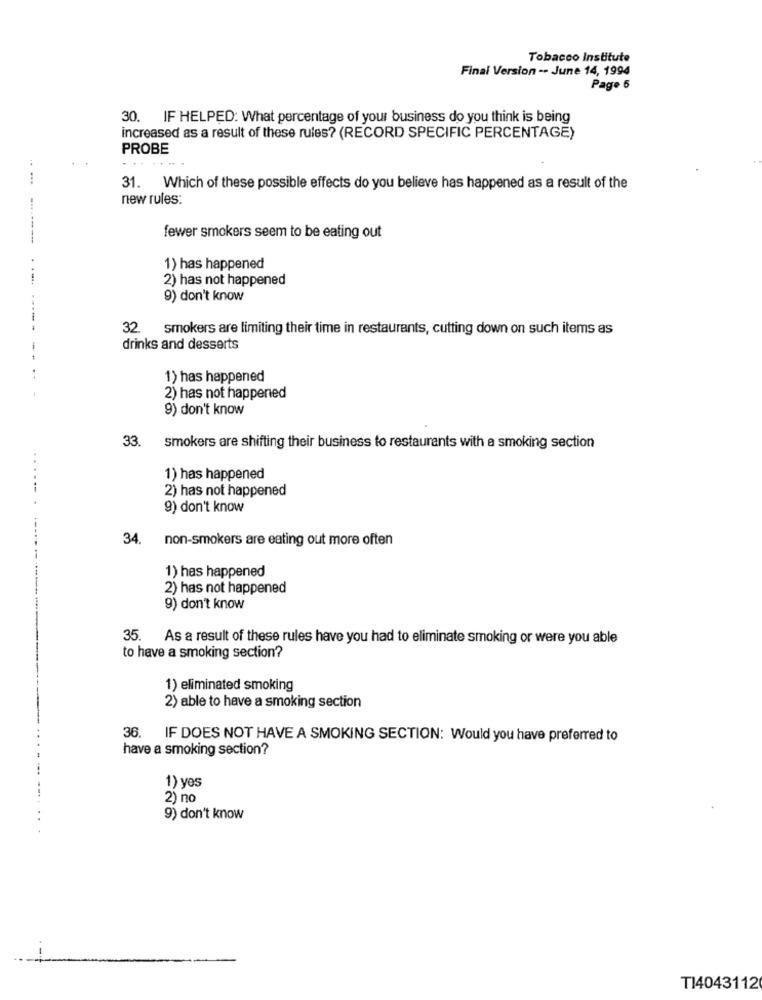
Tobacco Institute
Final Version -- June 14, 1994
Page 6
30. IF HELPED: What percentage of your business do you think is being
increased as a result of these rules? (RECORD SPECIFIC PERCENTAGE)
PROBE
31. Which of these possible effects do you believe has happened as a result of the
new rules:
----
fewer smokers seem to be eating out
1) has happened
2) has not happened
9) don't know
...
32. smokers are limiting their time in restaurants, cutting down on such items as
drinks and desserts
1) has happened
2) has not happened
9) don't know
33. smokers are shifting their business to restaurants with a smoking section
1) has happened
2) has not happened
9) don't know
34
non-smokers are eating out more often
1) has happened
2) has not happened
9) don't know
35. As a result of these rules have you had to eliminate smoking or were you able
to have a smoking section?
1) eliminated smoking
2) able to have a smoking section
36. IF DOES NOT HAVE A SMOKING SECTION: Would you have preferred to
have a smoking section?
1) yes
2) no
9) don't know
TI4043112